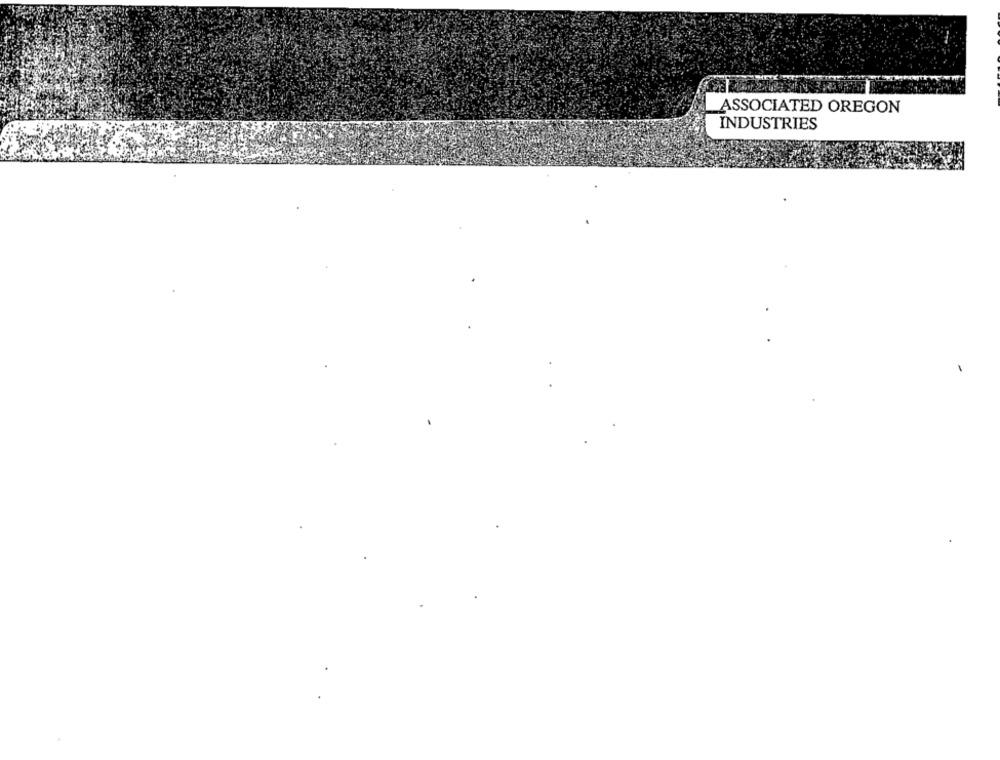
ASSOCIATED OREGON
INDUSTRIES